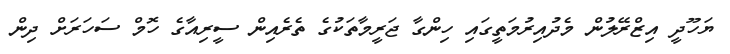
ޔަހޫދީ އިޒްރޭލުން މެދުއިރުމަތީގައި ހިންގާ ޖަރީމާތަކުގެ ތެރެއިން ސީރިއާގެ ހޮމް ސަހަރަށް ދިން